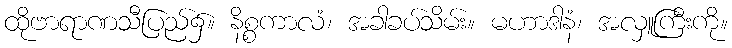
ထိုဗာရာဏသီပြည်၌။ နိစ္စကာလံ၊ အခါခပ်သိမ်း။ မဟာဒါနံ၊ အလှူကြီးကို။